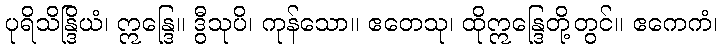
ပုရိသိန္ဒြိယံ၊ ဣန္ဒြေ။ ဒွီသုပိ၊ ကုန်သော။ ဧတေသု၊ ထိုဣန္ဒြေတို့တွင်။ ဧကေကံ၊